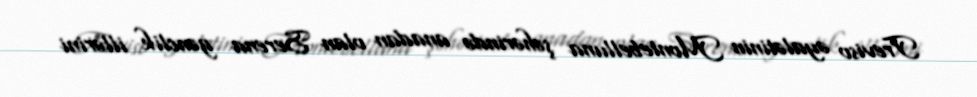
Treviso əyalətinin Montebelluna şəhərində anadan olan Serena gənclik illərini